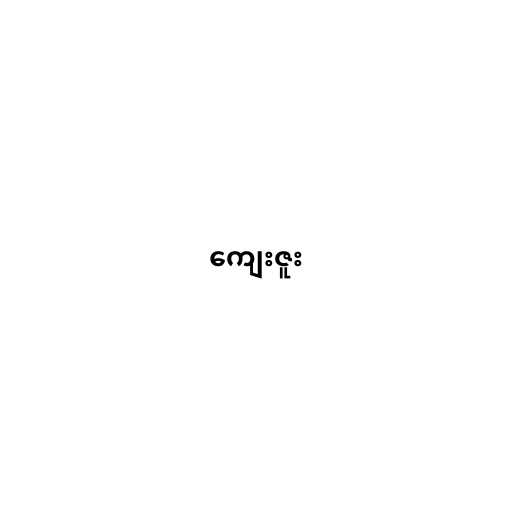
ကျေးဇူး